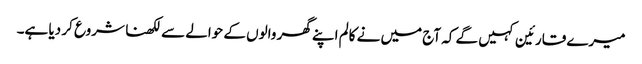
میرے قارئین کہیں گے کہ آج میں نے کالم اپنے گھر والوں کے حوالے سے لکھنا شروع کر دیا ہے۔